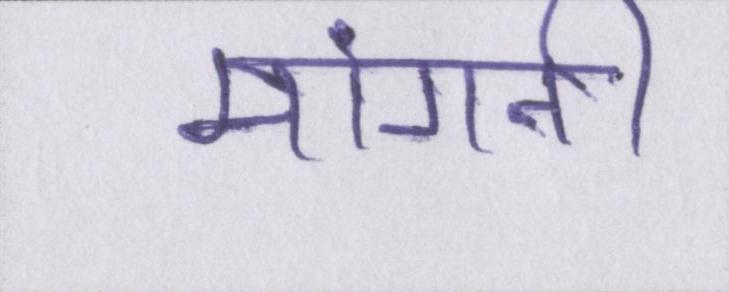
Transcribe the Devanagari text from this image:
मांगनी